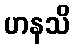
ဟနသိ